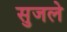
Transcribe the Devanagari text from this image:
सुजले